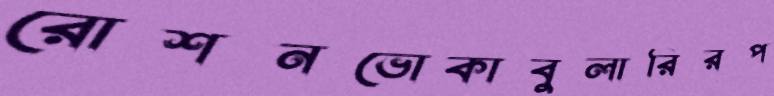
রোশনভোকাবুলারিরপ